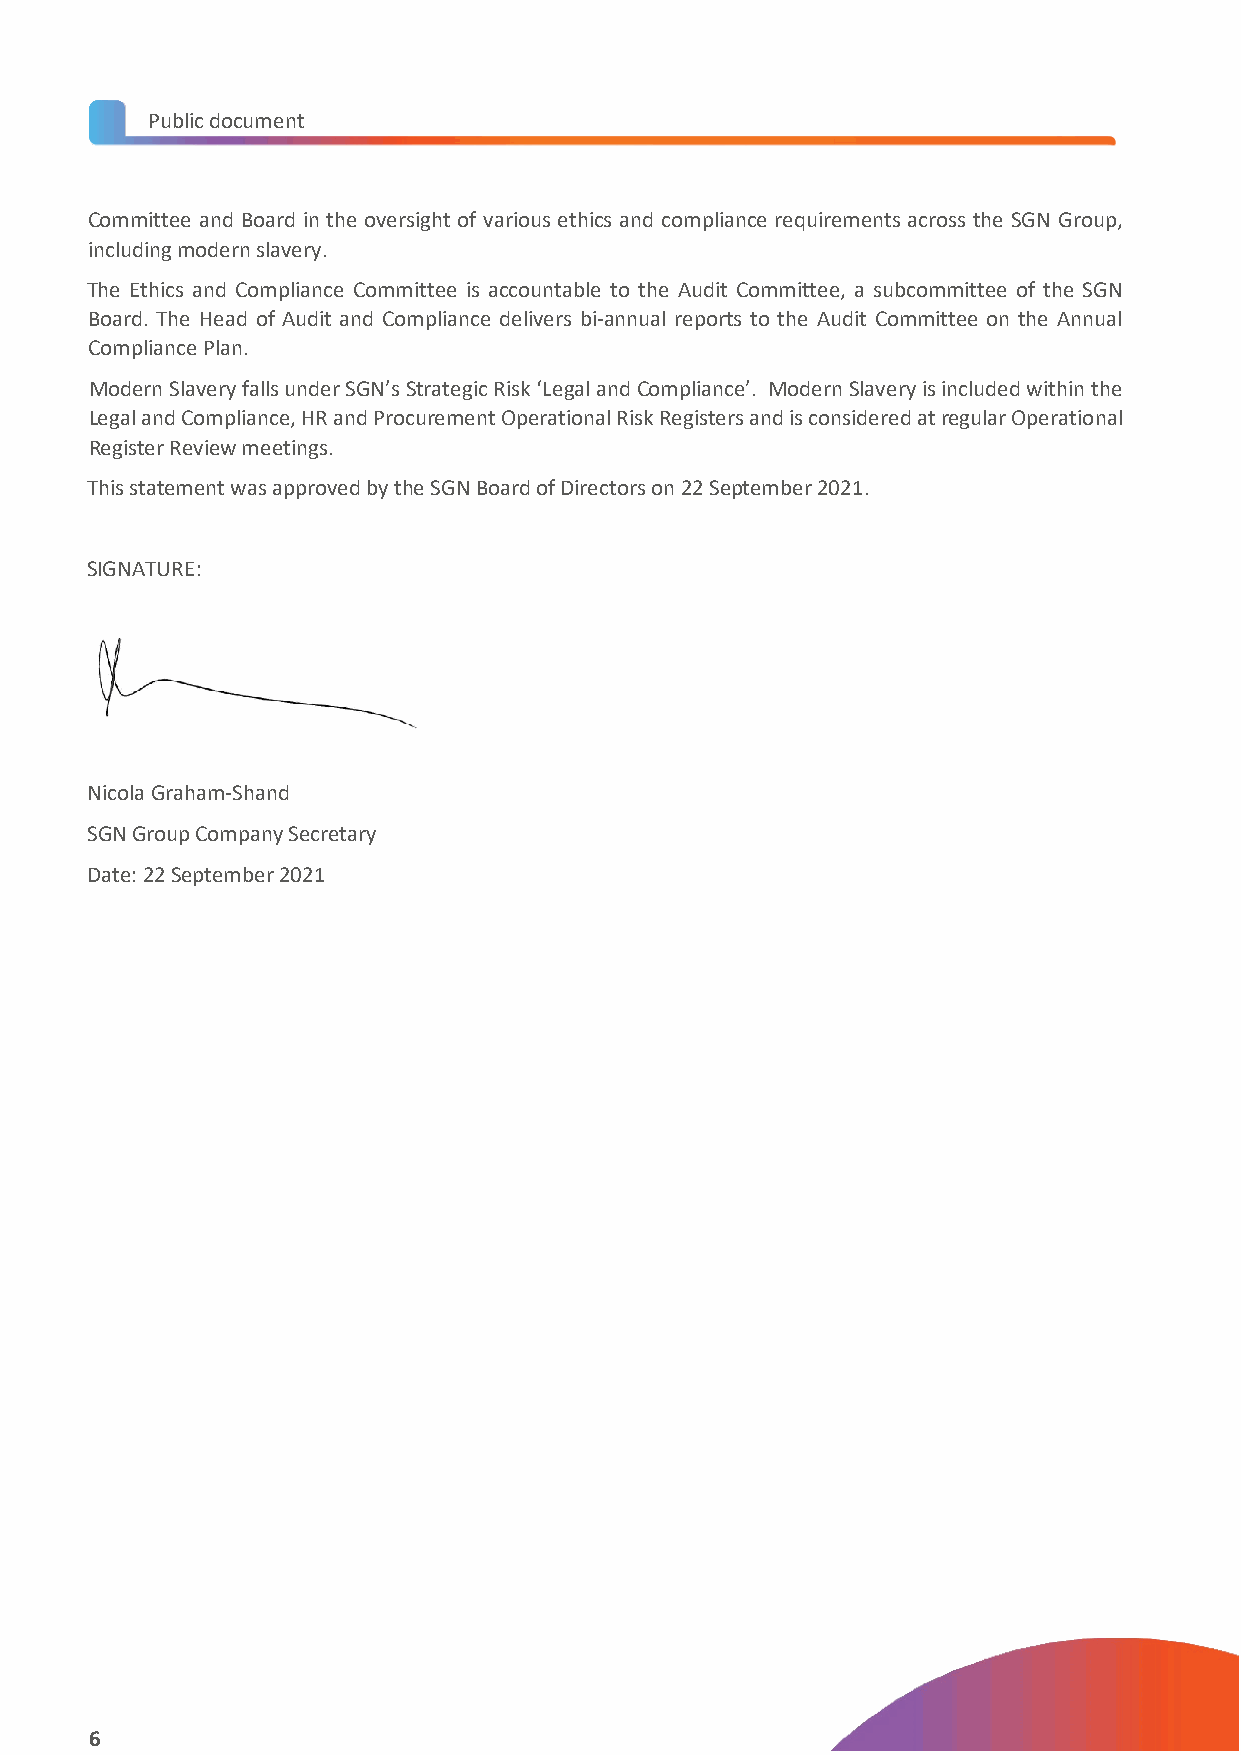
Public document
 Committee and Board in the oversight of various ethics and compliance requirements across the SGN Group,
 including modern slavery.
 The Ethics and Compliance Committee is accountable to the Audit Committee, a subcommittee of the SGN
 Board. The Head of Audit and Compliance delivers bi-annual reports to the Audit Committee on the Annual
 Compliance Plan.
 Modern Slavery falls under SGN’s Strategic Risk ‘Legal and Compliance’. Modern Slavery is included within the
 Legal and Compliance, HR and Procurement Operational Risk Registers and is considered at regular Operational
 Register Review meetings.
 This statement was approved by the SGN Board of Directors on 22 September 2021.
 SIGNATURE:
 Nicola Graham-Shand
 SGN Group Company Secretary
 Date: 22 September 2021
 6